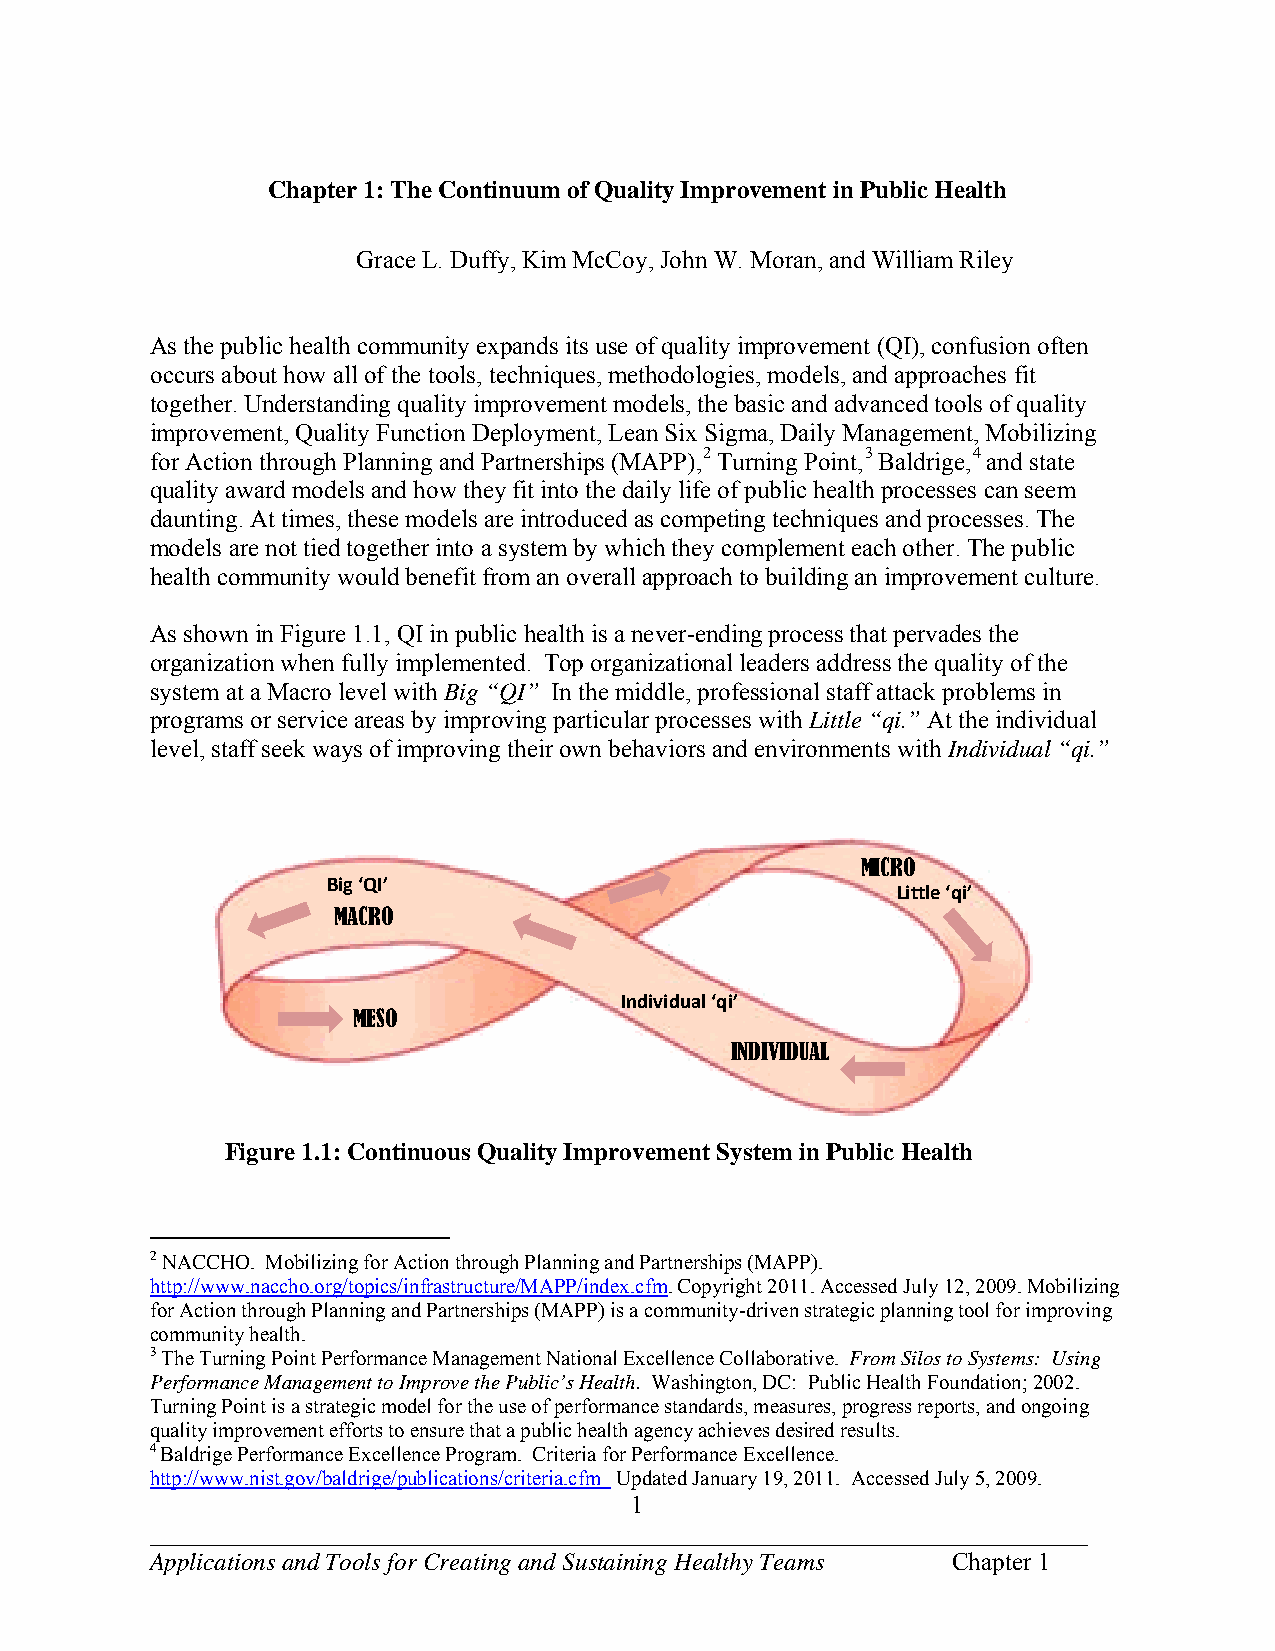
Chapter 1: The Continuum of Quality Improvement in Public Health
 Grace L. Duffy, Kim McCoy, John W. Moran, and William Riley
 As the public health community expands its use of quality improvement (QI), confusion often
 occurs about how all of the tools, techniques, methodologies, models, and approaches fit
 together. Understanding quality improvement models, the basic and advanced tools of quality
 improvement, Quality Function Deployment, Lean Six Sigma, Daily Management, Mobilizing
 for Action through Planning and Partnerships (MAPP),2 Turning Point,3 Baldrige,4 and state
 quality award models and how they fit into the daily life of public health processes can seem
 daunting. At times, these models are introduced as competing techniques and processes. The
 models are not tied together into a system by which they complement each other. The public
 health community would benefit from an overall approach to building an improvement culture.
 As shown in Figure 1.1, QI in public health is a never-ending process that pervades the
 organization when fully implemented. Top organizational leaders address the quality of the
 system at a Macro level with Big “QI” In the middle, professional staff attack problems in
 programs or service areas by improving particular processes with Little “qi.” At the individual
 level, staff seek ways of improving their own behaviors and environments with Individual “qi.”
 MICRO
 Big ‘QI’
 Little ‘qi’
 MACRO
 Individual ‘qi’
 MESO
 INDIVIDUAL
 Figure 1.1: Continuous Quality Improvement System in Public Health
 2 NACCHO. Mobilizing for Action through Planning and Partnerships (MAPP).
 http://www.naccho.org/topics/infrastructure/MAPP/index.cfm. Copyright 2011. Accessed July 12, 2009. Mobilizing
 for Action through Planning and Partnerships (MAPP) is a community-driven strategic planning tool for improving
 community health.
 3 The Turning Point Performance Management National Excellence Collaborative. From Silos to Systems: Using
 Performance Management to Improve the Public’s Health. Washington, DC: Public Health Foundation; 2002.
 Turning Point is a strategic model for the use of performance standards, measures, progress reports, and ongoing
 quality improvement efforts to ensure that a public health agency achieves desired results.
 4 Baldrige Performance Excellence Program. Criteria for Performance Excellence.
 http://www.nist.gov/baldrige/publications/criteria.cfm Updated January 19, 2011. Accessed July 5, 2009.
 1
 ___________________________________________________________________________
 Applications and Tools for Creating and Sustaining Healthy Teams Chapter 1